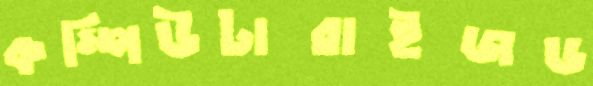
কম্পিউটারাইজড